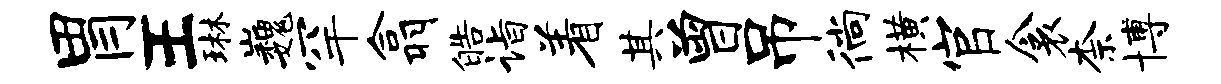
胃王琳巍罕翕皓诣着其曾吊徜横官衾柰博